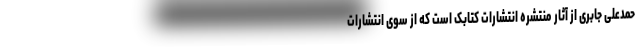
حمدعلی جابری از آثار منتشره انتشارات کتابک است که از سوی انتشارات